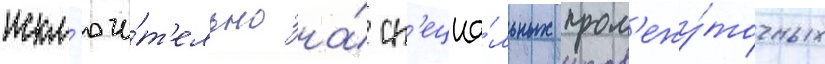
искл'ючи́т'ельно на́ сп'ециа́льных пром'ежу́точных